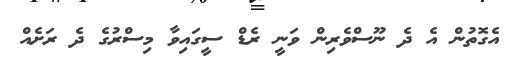
އެގޮތުން އެ ދެ ނޫސްވެރިން ވަނީ ރެޑް ސީގައިވާ މިސްރުގެ ދެ ރަށެއް